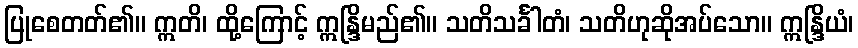
ပြုစေတတ်၏။ ဣတိ၊ ထို့ကြောင့် ဣန္ဒြိမည်၏။ သတိသင်္ခါတံ၊ သတိဟုဆိုအပ်သော။ ဣန္ဒြိယံ၊